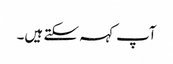
آپ کہہ سکتے ہیں۔